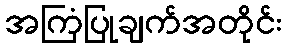
အကြံပြုချက်အတိုင်း